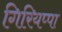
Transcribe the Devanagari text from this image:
गिरियप्पा